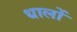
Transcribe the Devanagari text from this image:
धालों